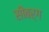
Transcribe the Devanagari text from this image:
सीबर्ग